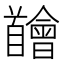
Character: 𩠴